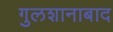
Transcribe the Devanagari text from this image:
गुलशानाबाद